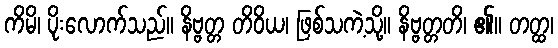
ကိမိ၊ ပိုးလောက်သည်။ နိဗ္ဗတ္တ တိဝိယ၊ ဖြစ်သကဲ့သို့။ နိဗ္ဗတ္တတိ၊ ၏။ တတ္ထ၊